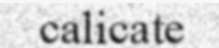
calicate